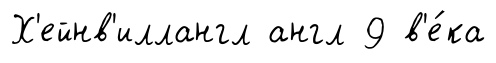
Х'ейнв'иллангл англ 9 в'е́ка